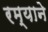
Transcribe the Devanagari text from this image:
रम्याने